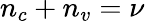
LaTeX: n_{c}+n_{v}=\nu